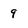
Character: 9